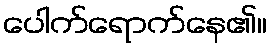
ပေါက်ရောက်နေ၏။